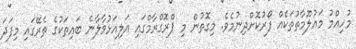
މުހިއްމު މައުލޫމާތުތަކެއް ފޯރުކޮށްދިނުމެވެ. މިގޮތުން މި ޕްރޮގްރާމްގައި އަލިއަޅުވާލާނެ ބައިތަކުގެ ތެރޭގައި މިފަދަ